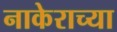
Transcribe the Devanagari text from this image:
नाकेराच्या